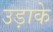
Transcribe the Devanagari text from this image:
उड़ाके